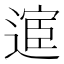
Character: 𫐸